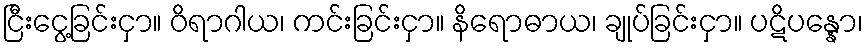
ငြီးငွေ့ခြင်းငှာ။ ဝိရာဂါယ၊ ကင်းခြင်းငှာ။ နိရောဓာယ၊ ချုပ်ခြင်းငှာ။ ပဋိပန္နော၊